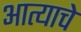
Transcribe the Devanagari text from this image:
आत्याचे